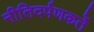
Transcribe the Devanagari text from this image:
नीतिदर्पणकर्ते